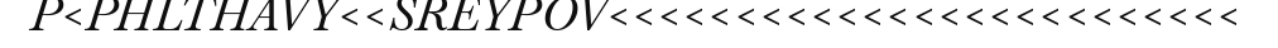
P<PHLTHAVY<<SREYPOV<<<<<<<<<<<<<<<<<<<<<<<<<